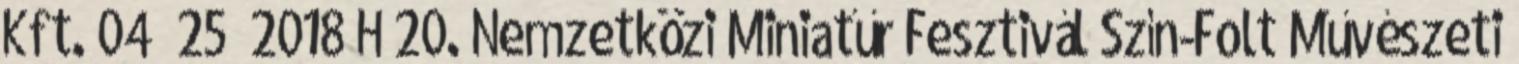
Kft. 04 25 2018 H 20. Nemzetközi Miniatűr Fesztivál Szín-Folt Művészeti